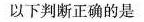
以下判断正确的是